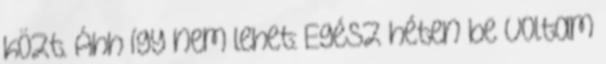
közt. Áhh így nem lehet: Egész héten be voltam